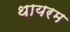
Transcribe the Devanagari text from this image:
थायरम